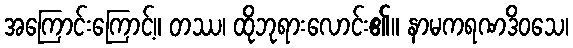
အကြောင်းကြောင့်။ တဿ၊ ထိုဘုရားလောင်း၏။ နာမကရဏဒိဝသေ၊